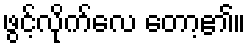
ဖွင့်လိုက်လေ တော့၏။